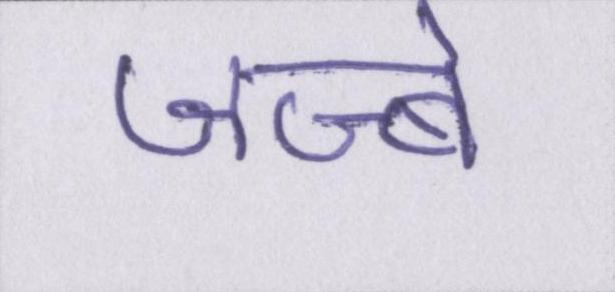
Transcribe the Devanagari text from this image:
जज्बे